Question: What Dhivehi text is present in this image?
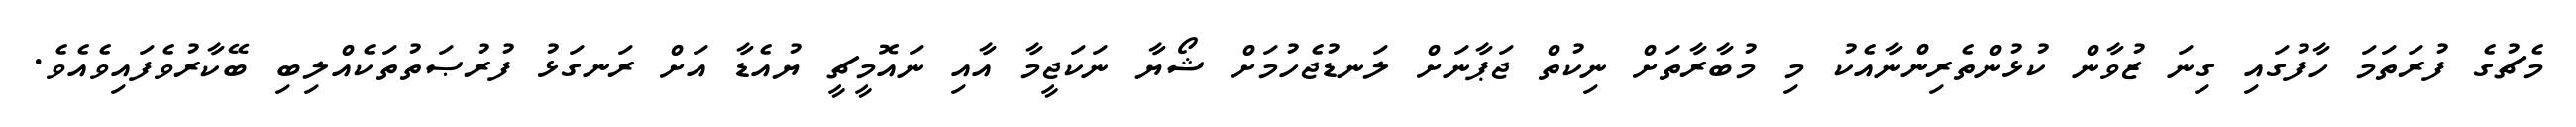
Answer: މެޗުގެ ފުރަތަމަ ހާފުގައި ގިނަ ޒުވާން ކުޅުންތެރިންނާއެކު މި މުބާރާތަށް ނިކުތް ޖަޕާނަށް ލަނޑުޖެހުމަށް ޝޯޔާ ނަކަޖީމާ އާއި ނައޮމީޗީ ޔުއެޑާ އަށް ރަނގަޅު ފުރުޞަތުތަކެއްލިބި ބޭކާރުވެފައިވެއެވެ.